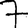
Digit: 7